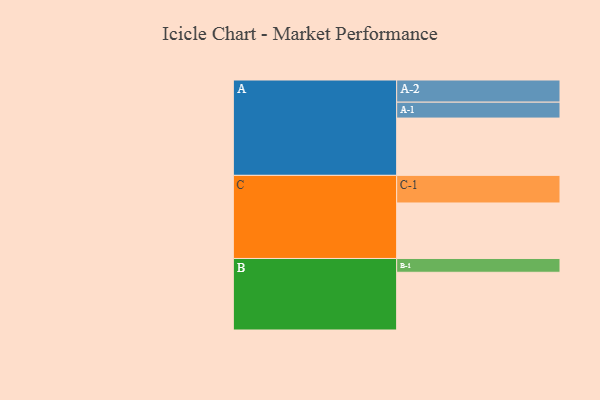
{"axis": {"x": "Segment", "y": "Value"}, "legend": ["", "A", "B", "C"], "data": [{"x": "A", "y": 411, "type": ""}, {"x": "B", "y": 414, "type": ""}, {"x": "C", "y": 398, "type": ""}, {"x": "A-1", "y": 114, "type": "A"}, {"x": "A-2", "y": 159, "type": "A"}, {"x": "B-1", "y": 99, "type": "B"}, {"x": "C-1", "y": 198, "type": "C"}]}